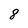
Character: 8